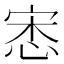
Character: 𢚠